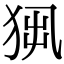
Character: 𤞁